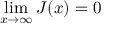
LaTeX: \operatorname * { l i m } _ { x \to \infty } J ( x ) = 0